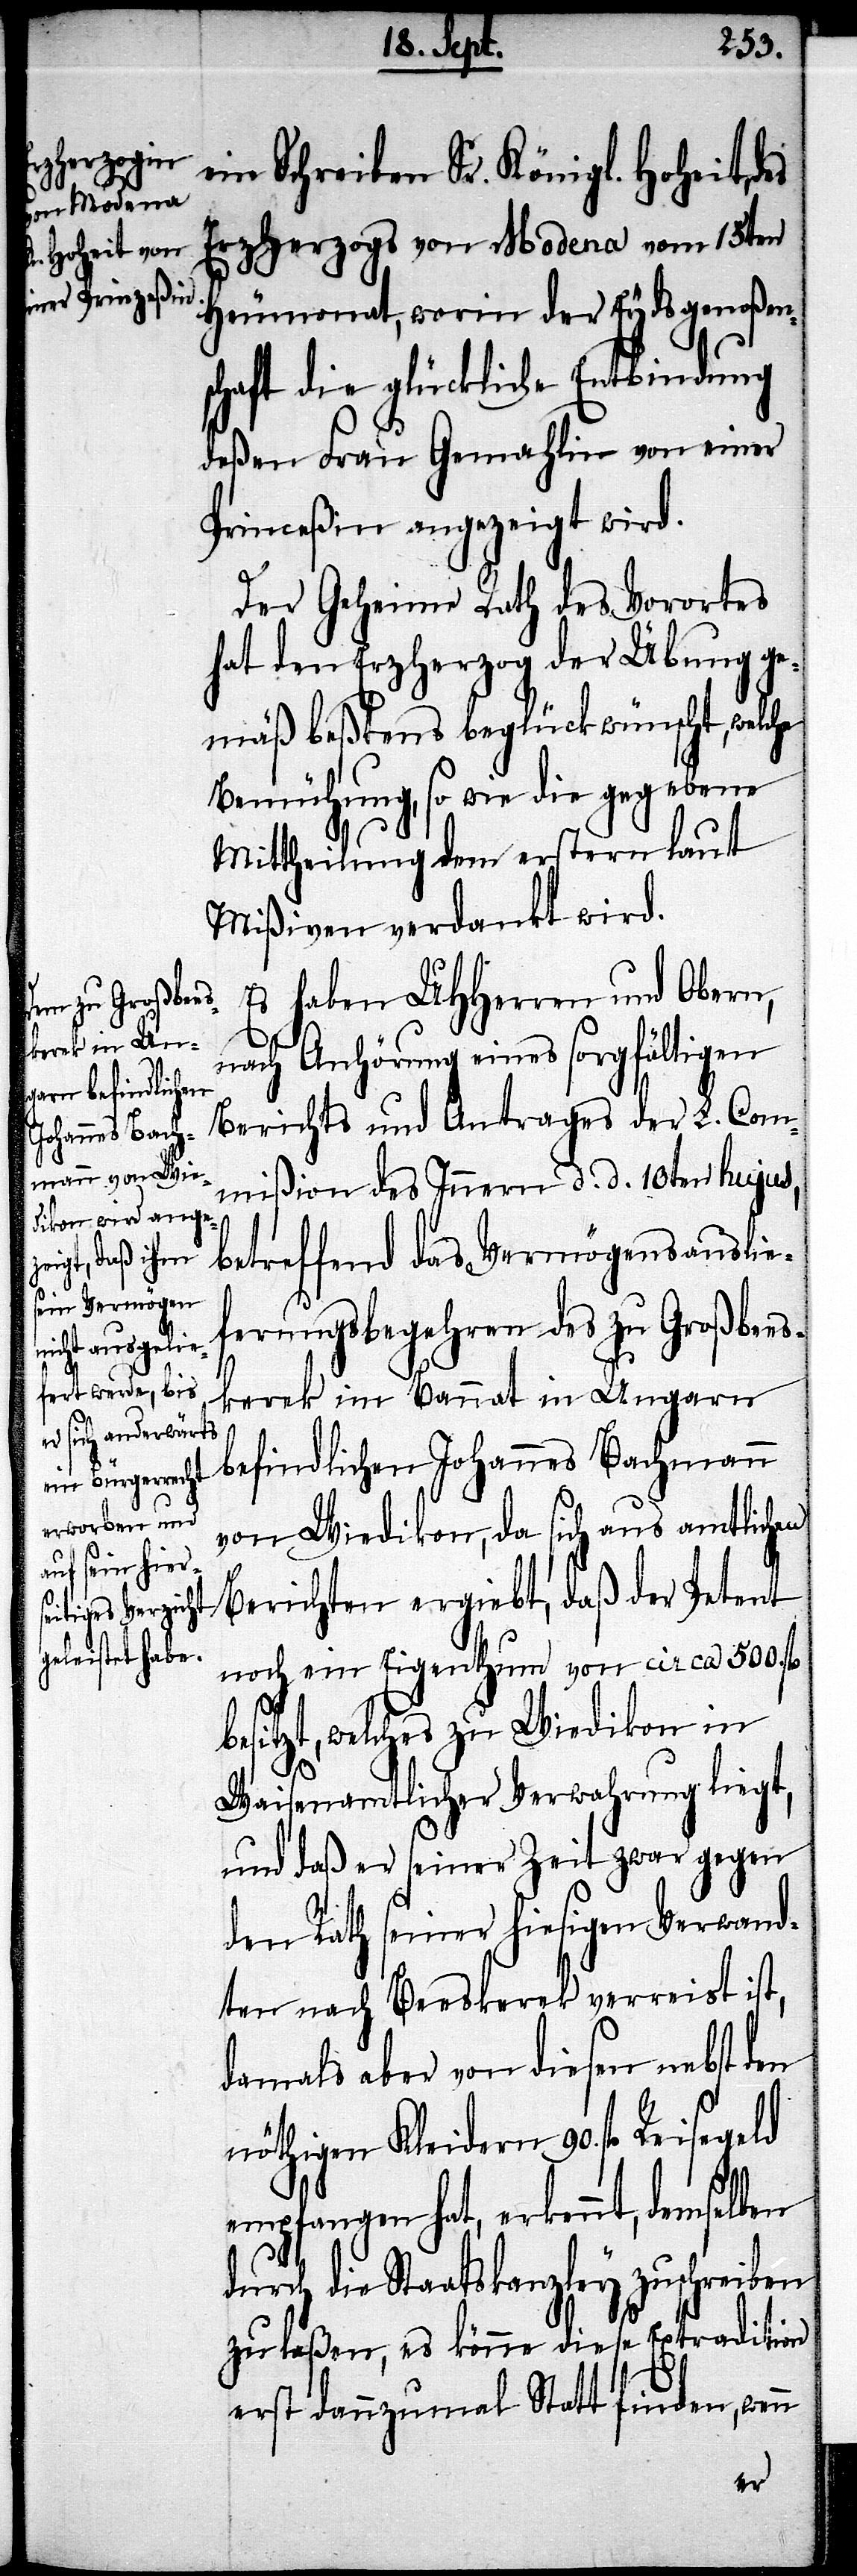
ein Schreiben Sr. Königl. Hoheit, des
Erzherzogs von Modena vom 15.
Heumonat, worin der Eydsgenoßen¬
schaft die glückliche Entbindung
deßen Frau Gemahlin von einer
Princeßin angezeigt wird.
Der Geheime Rath des Vorortes
hat den Erzherzog der Übung ge¬
mäß beßtens beglückwünscht, welche
Bemühung, so wie die gegebene
Mittheilung dem erstern laut
Mißiven verdankt wird.
Es haben UHHerren und Obern,
nach Anhörung eines sorgfältigen
Berichts und Antrages der L. Com¬
mißion des Innern d. d. 10ten hujus,
betreffend das Vermögensauslie¬
ferungsbegehren des zu Großbees¬
kerek im Bannat in Ungarn
befindlichen Johannes Bachmann
von Wiedikon, da sich aus amtlichen
Berichten ergiebt, daß der Petent
noch ein Eigenthum von circa 500. fl.
sitzt, welches zu Wiedikon in
Waisenamtlicher Verwahrung liegt,
und daß er seiner Zeit zwar gegen
den Rath seiner hiesigen Verwand¬
ten nach Beeskerek verreist ist,
damals aber von diesen nebst den
nöthigen Kleidern 90. fl. Reisegeld
empfangen hat, erkennt, demselben
durch die Staatskanzley zuschreiben
zu laßen, es könne diese Extradition
erst dannzumal Statt finden, wenn
be¬